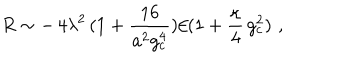
\: R \sim - \, 4 \lambda ^ { 2 } \, ( 1 + \frac { 1 6 } { a ^ { 2 } g _ { c } ^ { 4 } } ) / ( 1 + \frac { \kappa } { 4 } \, g _ { c } ^ { 2 } ) \, \, , \: